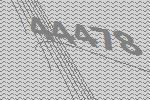
44478